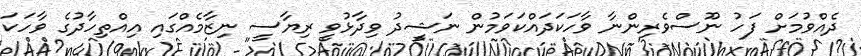
ދެއްވުމަށް ފަހު ނޫސްވެރިންނާ ވާހަކަދައްކަވަމުން ނަޝީދު ވިދާޅުވީ ރިޔާސީ ނިޒާމެއްގައި އިއްތިހާދުގެ ވާހަކަ